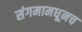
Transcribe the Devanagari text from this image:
संगमामधूनच